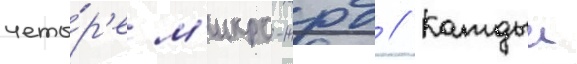
четы́р'е м'икро-жрд // Каждыи